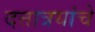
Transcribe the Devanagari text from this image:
दत्तात्रयांचे